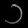
Digit: ၁